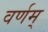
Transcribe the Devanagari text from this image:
वर्णम्